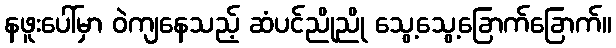
နဖူးပေါ်မှာ ဝဲကျနေသည့် ဆံပင်ညိုညို သွေ့သွေ့ခြောက်ခြောက်။